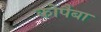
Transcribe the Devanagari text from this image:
कोपैबा